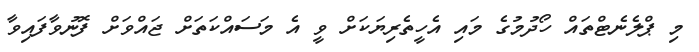
މި ޕްލެނެޓްތައް ހޯދުމުގެ މައި އެހީތެރިޔަކަށް ވީ އެ މަސައްކަތަށް ޖައްވަށް ފޮނުވާފައިވާ